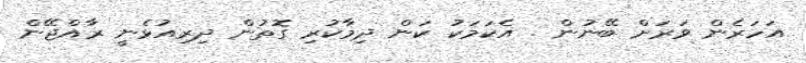
އަހަރެން ވަރަށް ބޭނުން . އެކަމަކު ކަން ދިމާކުރި ގޮތުން ދިރިއުޅެނީ ރާއްޖޭން